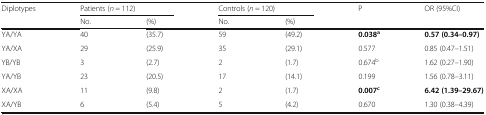
<table><thead><tr><td rowspan="2"><b>Diplotypes</b></td><td colspan="2"><b>Patients (<i>n</i> = 112)</b></td><td colspan="2"><b>Controls (<i>n</i> = 120)</b></td><td rowspan="2"><b>P</b></td><td rowspan="2"><b>OR (95%CI)</b></td></tr><tr><td><b>No.</b></td><td><b>(%)</b></td><td><b>No.</b></td><td><b>(%)</b></td></tr></thead><tbody><tr><td>YA/YA</td><td>40</td><td>(35.7)</td><td>59</td><td>(49.2)</td><td><b>0.038</b><sup><b>a</b></sup></td><td><b>0.57 (0.34–0.97)</b></td></tr><tr><td>YA/XA</td><td>29</td><td>(25.9)</td><td>35</td><td>(29.1)</td><td>0.577</td><td>0.85 (0.47–1.51)</td></tr><tr><td>YB/YB</td><td>3</td><td>(2.7)</td><td>2</td><td>(1.7)</td><td>0.674<sup>b</sup></td><td>1.62 (0.27–1.90)</td></tr><tr><td>YA/YB</td><td>23</td><td>(20.5)</td><td>17</td><td>(14.1)</td><td>0.199</td><td>1.56 (0.78–3.11)</td></tr><tr><td>XA/XA</td><td>11</td><td>(9.8)</td><td>2</td><td>(1.7)</td><td><b>0.007</b><sup><b>c</b></sup></td><td><b>6.42 (1.39–29.67)</b></td></tr><tr><td>XA/YB</td><td>6</td><td>(5.4)</td><td>5</td><td>(4.2)</td><td>0.670</td><td>1.30 (0.38–4.39)</td></tr></tbody></table>